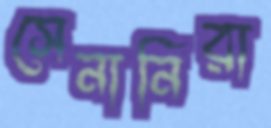
সেনানিরা